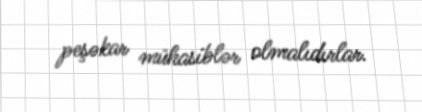
peşəkar mühasiblər olmalıdırlar.